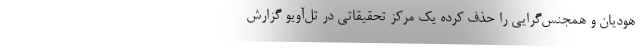
هودیان و همجنس‌گرایی را حذف کرده یک مرکز تحقیقاتی در تل‌آویو گزارش